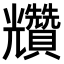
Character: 𧹍